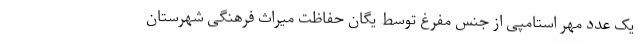
یک عدد مهر استامپی از جنس مفرغ توسط یگان حفاظت میراث فرهنگی شهرستان